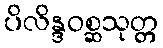
ပိလိန္ဒဝစ္ဆသုတ္တ